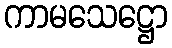
ကာမသေဋ္ဌော